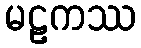
မဠကဿ